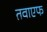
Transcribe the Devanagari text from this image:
तवाएफ